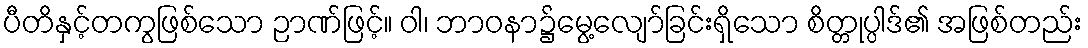
ပီတိနှင့်တကွဖြစ်သော ဉာဏ်ဖြင့်။ ဝါ၊ ဘာဝနာ၌မွေ့လျော်ခြင်းရှိသော စိတ္တုပ္ပါဒ်၏ အဖြစ်တည်း